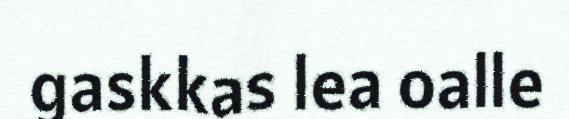
gaskkas lea oalle